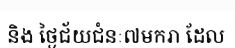
និង ថ្ងៃជ័យជំនៈ៧មករា ដែល